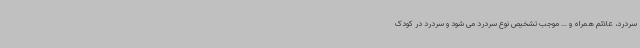
سردرد، علائم همراه و ... موجب تشخیص نوع سردرد می شود و سردرد در کودک